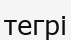
тегрі